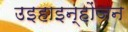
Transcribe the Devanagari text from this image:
उइहाइन्होंजन